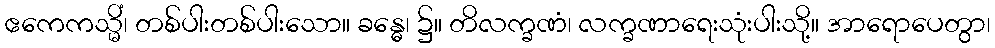
ဧကေကသ္မိံ၊ တစ်ပါးတစ်ပါးသော။ ခန္ဓေ၊ ၌။ တိလက္ခဏံ၊ လက္ခဏာရေးသုံးပါးသို့။ အာရောပေတွာ၊